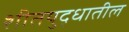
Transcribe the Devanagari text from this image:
शीतयुद्धातील